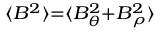
\scriptstyle \langle B ^ { 2 } \rangle = \langle B _ { \theta } ^ { 2 } + B _ { \rho } ^ { 2 } \rangle